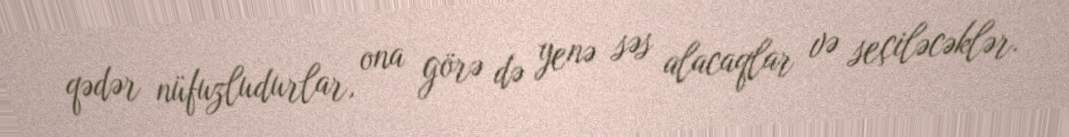
qədər nüfuzludurlar, ona görə də yenə səs alacaqlar və seçiləcəklər.